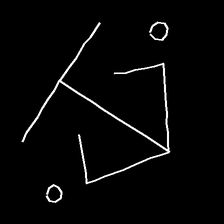
Glyph: earth